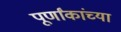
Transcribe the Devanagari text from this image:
पूर्णांकांच्या